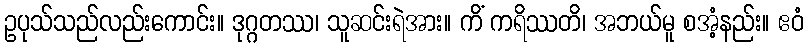
ဥပုသ်သည်လည်းကောင်း။ ဒုဂ္ဂတဿ၊ သူဆင်းရဲအား။ ကိံ ကရိဿတိ၊ အဘယ်မူ စအံ့နည်း။ ဧဝံ